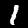
Label: 1